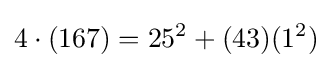
4\cdot (167)=25^{2}+(43)(1^{2})